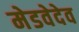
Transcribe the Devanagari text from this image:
मेडवेदेव